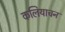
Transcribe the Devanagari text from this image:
कलियाचन